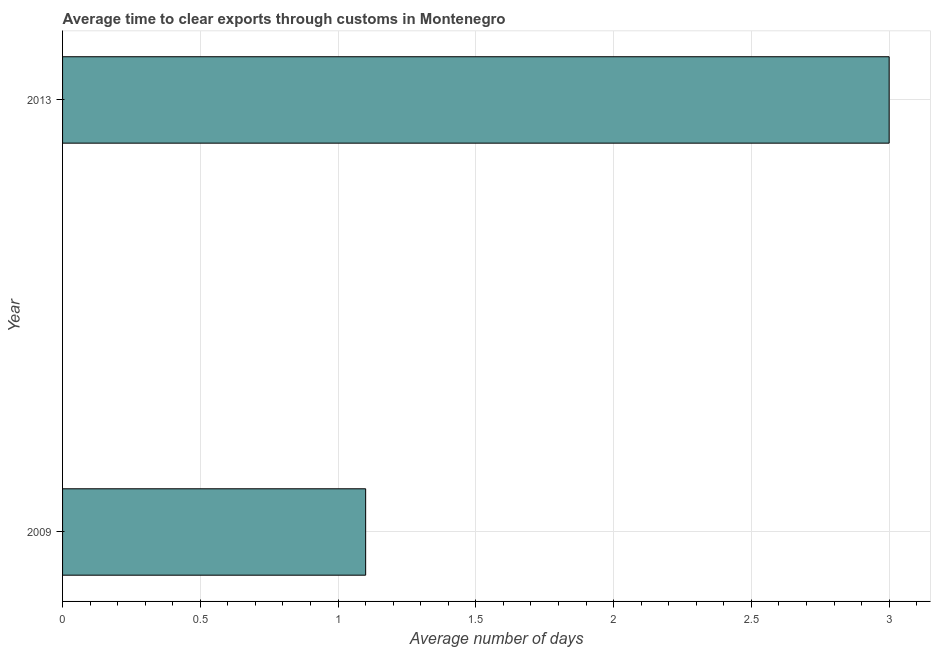
| Year | Time to clear exports through customs |
 | --- | --- |
 | 2009 | 1.1 |
 | 2013 | 3 |